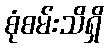
စုံစမ်းသိရှိ